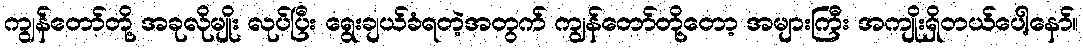
ကျွန်တော်တို့ အခုလိုမျိုး လုပ်ပြီး ရွေးချယ်ခံရတဲ့အတွက် ကျွန်တော်တို့တော့ အများကြီး အကျိုးရှိတယ်ပေါ့နော်။